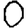
Digit: 0